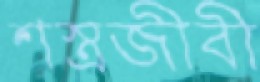
শস্ত্রজীবী